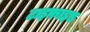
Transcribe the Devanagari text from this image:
टाइफ़ाइड